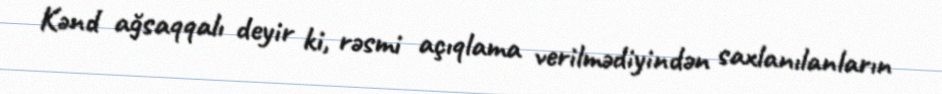
Kənd ağsaqqalı deyir ki, rəsmi açıqlama verilmədiyindən saxlanılanların